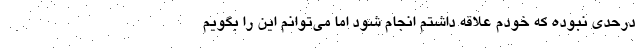
درحدي نبوده كه خودم علاقه داشتم انجام شود اما مي‌توانم اين را بگويم